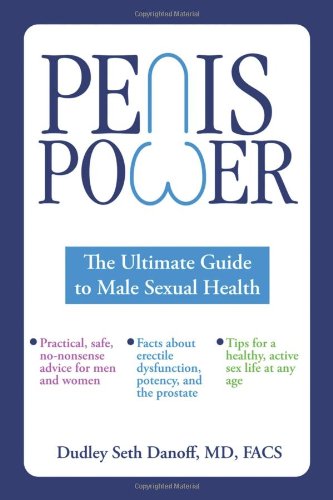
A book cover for Penis Power: The Ultimate Guide to Male Sexual Health; Dudley Seth Danoff; Health, Fitness & Dieting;